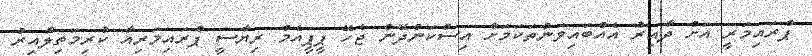
ޕްރައިމަރީ އަށް ދާއިރު އެއްބައިވަންތަކަމަށް އިސްކަންދޭން ޖެހޭ ޕީޕީއެމް ރިޔާސީ ޕްރައިމަރިއާ ކުރިމަތިލާއިރު